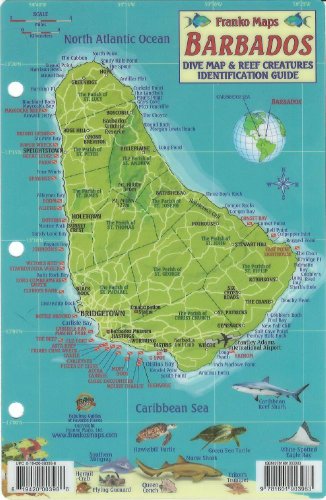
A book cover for Barbados Dive Map & Reef Creatures Guide Franko Maps Laminated Fish Card; Franko Maps Ltd.; Travel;